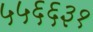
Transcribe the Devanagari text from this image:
५५६६३१